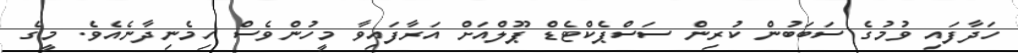
ހަދާފައި ވުމުގެ ސަބަބުން ކުރިން ސަސްޕެކްޓެޑް ޕޫލްއަށް އަރާފައިވާ މީހުންވެސް ހިމެނިދާނެއެވެ. މީގެ